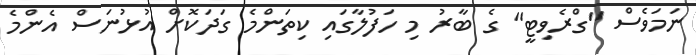
ނަމަވެސް "ގްރެވިޓީ" ގެ ބާރު މި ހަފުލާގައި ކިތަންމެ ގަދަކޮށް އުޅުނަސް އެންމެ